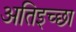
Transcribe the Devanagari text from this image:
अतिइच्छा